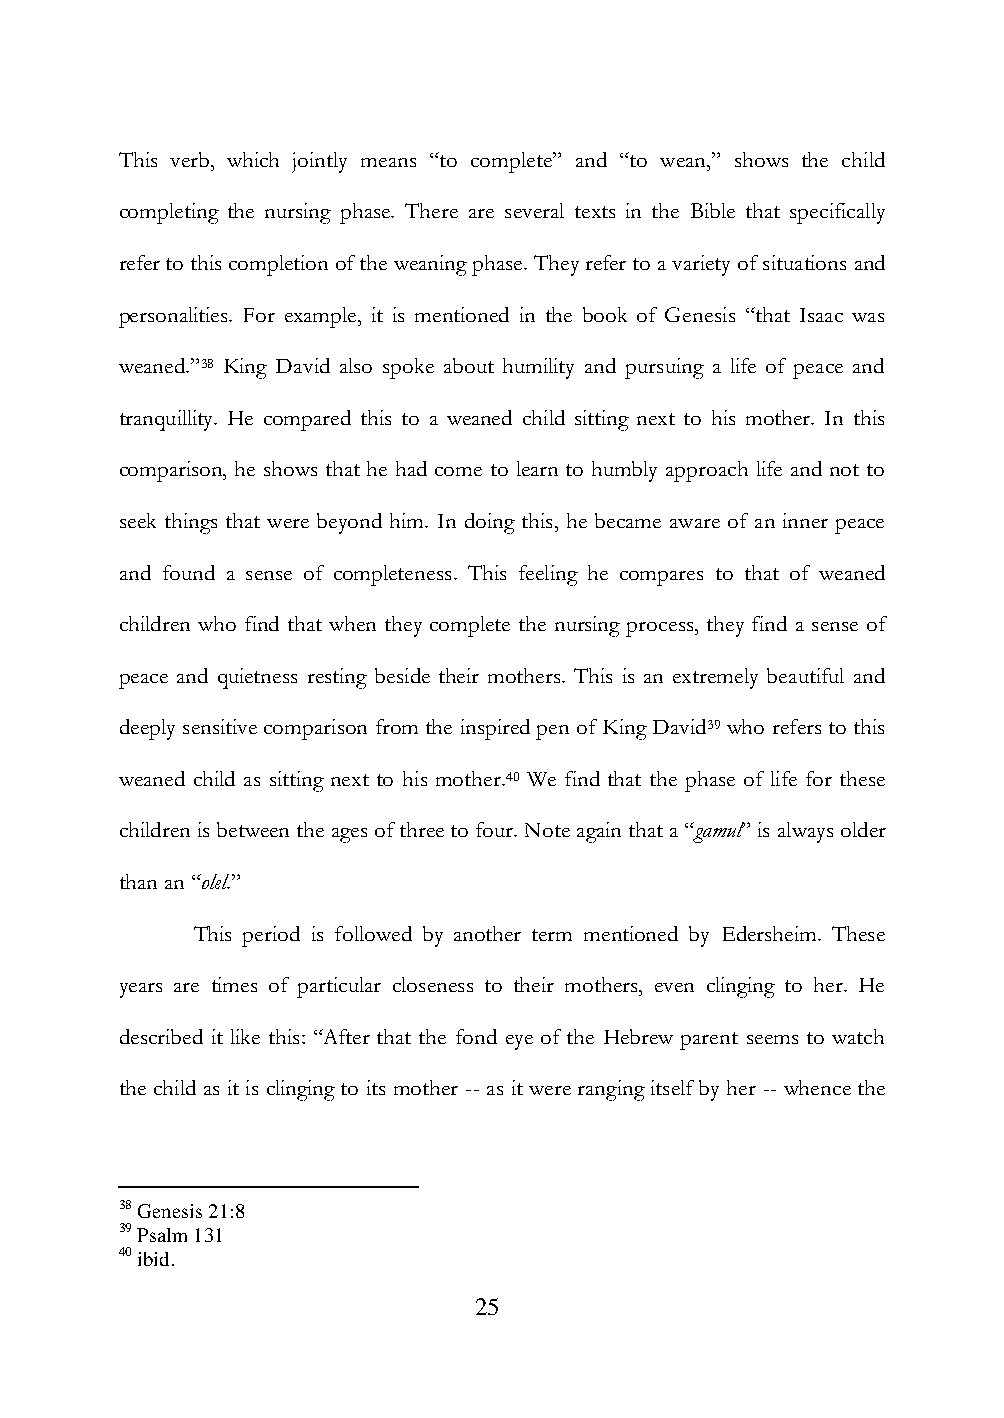
This verb, which jointly means “to complete” and “to wean,” shows the child
 completing the nursing phase. There are several texts in the Bible that specifically
 refer to this completion of the weaning phase. They refer to a variety of situations and
 personalities. For example, it is mentioned in the book of Genesis “that Isaac was
 weaned.”38 King David also spoke about humility and pursuing a life of peace and
 tranquillity. He compared this to a weaned child sitting next to his mother. In this
 comparison, he shows that he had come to learn to humbly approach life and not to
 seek things that were beyond him. In doing this, he became aware of an inner peace
 and found a sense of completeness. This feeling he compares to that of weaned
 children who find that when they complete the nursing process, they find a sense of
 peace and quietness resting beside their mothers. This is an extremely beautiful and
 deeply sensitive comparison from the inspired pen of King David39 who refers to this
 weaned child as sitting next to his mother.40 We find that the phase of life for these
 children is between the ages of three to four. Note again that a “gamul” is always older
 than an “olel.”
 This period is followed by another term mentioned by Edersheim. These
 years are times of particular closeness to their mothers, even clinging to her. He
 described it like this: “After that the fond eye of the Hebrew parent seems to watch
 the child as it is clinging to its mother -- as it were ranging itself by her -- whence the
 38 Genesis 21:8
 39 Psalm 131
 40 ibid.
 25